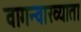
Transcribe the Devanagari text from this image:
वागन्वाख्याता